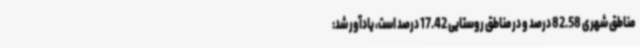
مناطق شهری 82.58 درصد و در مناطق روستایی 17.42 درصد است، یادآور شد: